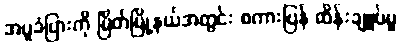
အပူခံပြားကို မြိတ်မြို့နယ်အတွင်း စကားပြန် ထိန်းချူပ်မှု